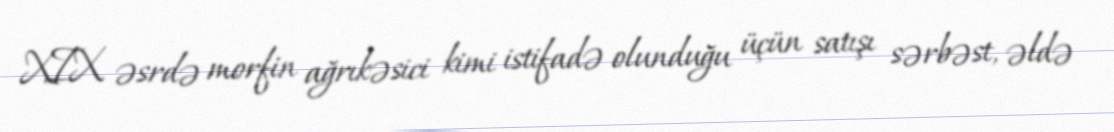
XIX əsrdə morfin ağrıkəsici kimi istifadə olunduğu üçün satışı sərbəst, əldə